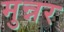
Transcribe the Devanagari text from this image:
मुन्नर